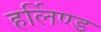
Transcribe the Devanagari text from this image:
हर्लिण्ड